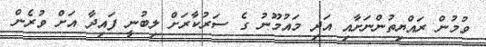
ވުމުން ރައްޔިތުންނަށާއި އަދި މައުމޫނު ގެ ސަރުކާރަށް ލިބުނީ ފައިދާ އަށް ވުރެން